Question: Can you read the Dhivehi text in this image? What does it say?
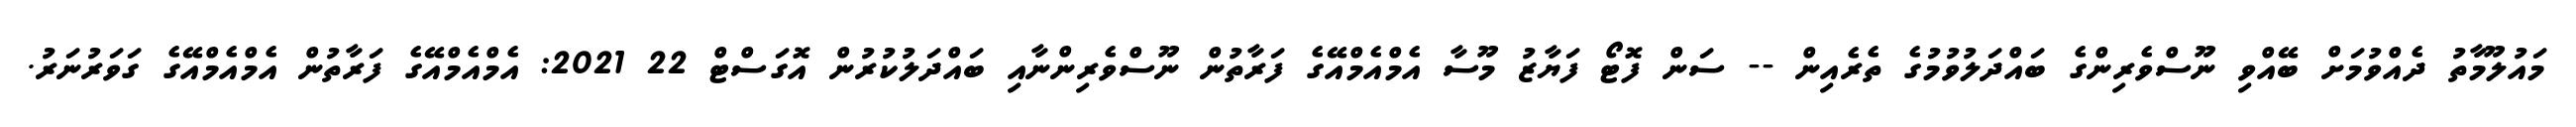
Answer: މައުލޫމާތު ދެއްވުމަށް ބޭއްވި ނޫސްވެރިންގެ ބައްދަލުވުމުގެ ތެރެއިން -- ސަން ފޮޓޯ ފަޔާޒު މޫސާ އެމްއެމްއޭގެ ފަރާތުން ނޫސްވެރިންނާއި ބައްދަލުކުރުން އޮގަސްޓް 22 2021: އެމްއެމްއޭގެ ފަރާތުން އެމްއެމްއޭގެ ގަވަރުނަރު.